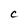
Character: c